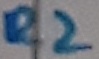
Text: R2